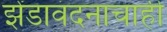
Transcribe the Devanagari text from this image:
झेंडावंदनाचाही